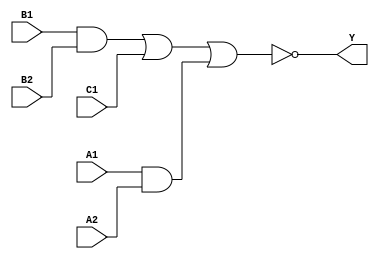
module sky130_fd_sc_hdll__a221oi (
    Y ,
    A1,
    A2,
    B1,
    B2,
    C1
);

    // Module ports
    output Y ;
    input  A1;
    input  A2;
    input  B1;
    input  B2;
    input  C1;

    // Module supplies
    supply1 VPWR;
    supply0 VGND;
    supply1 VPB ;
    supply0 VNB ;

    // Local signals
    wire and0_out  ;
    wire and1_out  ;
    wire nor0_out_Y;

    //  Name  Output      Other arguments
    and and0 (and0_out  , B1, B2                );
    and and1 (and1_out  , A1, A2                );
    nor nor0 (nor0_out_Y, and0_out, C1, and1_out);
    buf buf0 (Y         , nor0_out_Y            );

endmodule